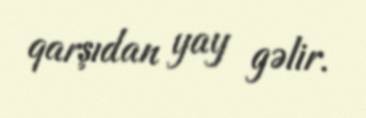
qarşıdan yay gəlir.